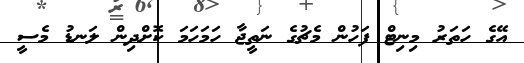
އޭގެ ހަތަރު މިނިޓް ފަހުން މެޗުގެ ނަތީޖާ ހަމަހަމަ ކޮށްދިން ލަނޑު މެސީ